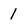
Character: 1